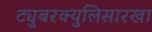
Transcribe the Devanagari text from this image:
ट्युबरक्युलिसारखा